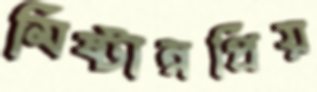
মিষ্টান্নপ্রিয়